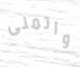
واتمنى